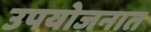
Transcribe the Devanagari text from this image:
उपयोजनात